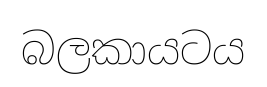
බලකායටය